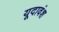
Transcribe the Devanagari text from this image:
यूदावंश